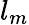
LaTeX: l_{m}